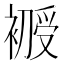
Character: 𰠇